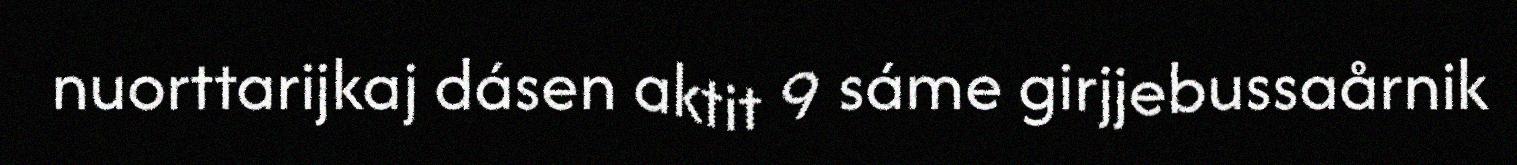
nuorttarijkaj dásen aktit 9 sáme girjjebussaårnik